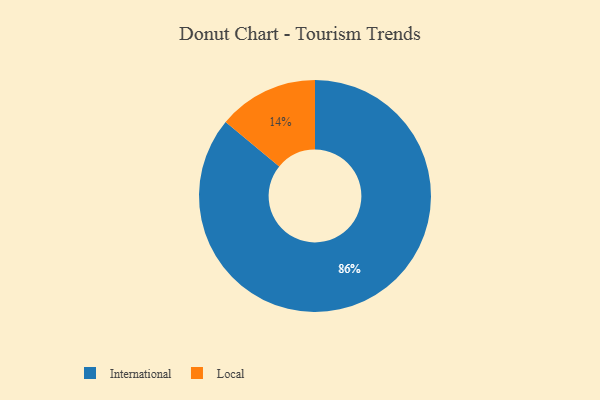
{"axis": {"x": "Category", "y": "Percentage"}, "legend": ["International", "Local"], "data": [{"x": "International", "y": 86, "type": "International"}, {"x": "Local", "y": 14, "type": "Local"}]}